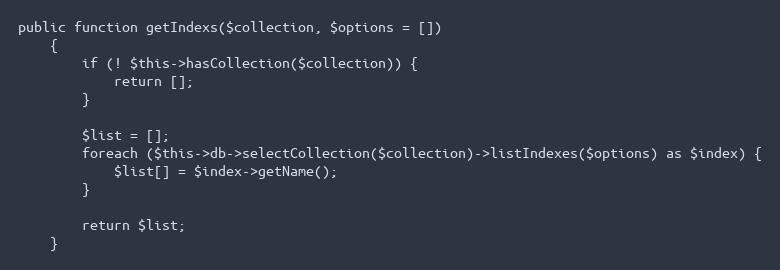
Language: PHP
public function getIndexs($collection, $options = [])
    {
        if (! $this->hasCollection($collection)) {
            return [];
        }

        $list = [];
        foreach ($this->db->selectCollection($collection)->listIndexes($options) as $index) {
            $list[] = $index->getName();
        }

        return $list;
    }